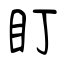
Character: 盯